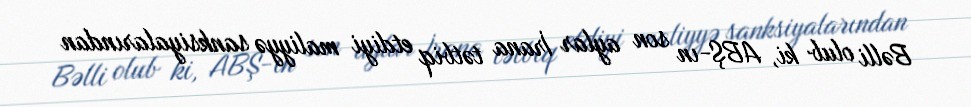
Bəlli olub ki, ABŞ-ın son aylar İrana tətbiq etdiyi maliyyə sanksiyalarından